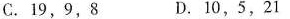
C. 19，9，8 D. 10，5，21